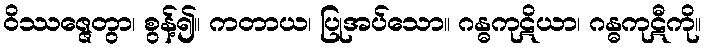
ဝိဿဇ္ဇေတွာ၊ စွန့်၍။ ကတာယ၊ ပြုအပ်သော။ ဂန္ဓကုဋိယာ၊ ဂန္ဓကုဋီကို။